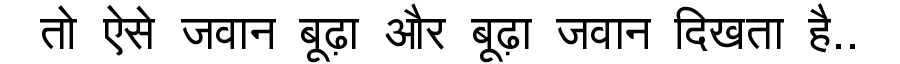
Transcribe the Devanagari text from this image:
तो ऐसे जवान बूढ़ा और बूढ़ा जवान दिखता है..